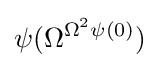
\psi (\Omega ^{\Omega ^{2}\psi (0)})